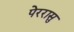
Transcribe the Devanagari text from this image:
पेररासु